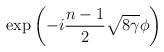
LaTeX: \begin{align*}\exp\left(-i\frac{n-1}{2}\sqrt{8\gamma}\phi\right)\end{align*}